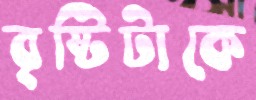
বৃষ্টিটাকে